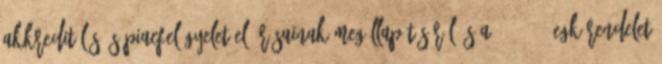
akkreditálás és piacfelügyelet előírásainak megállapításáról és a 339 93 EGK rendelet